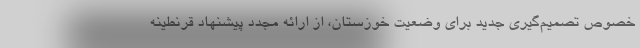
خصوص تصمیم‌گیری جدید برای وضعیت خوزستان، از ارائه مجدد پیشنهاد قرنطینه